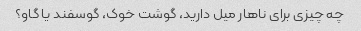
چه چیزی برای ناهار میل دارید، گوشت خوک، گوسفند یا گاو؟